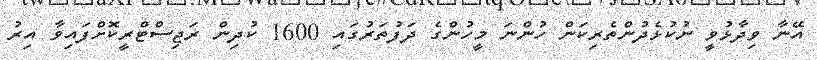
އޭނާ ވިދާޅުވީ ނުކުޅެދުންތެރިކަން ހުންނަ މީހުންގެ ދަފުތަރުގައި 1600 ކުދިން ރަޖިސްޓްރީކޮށްފައިވާ އިރު